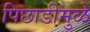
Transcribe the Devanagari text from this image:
पिछाडीमुळे